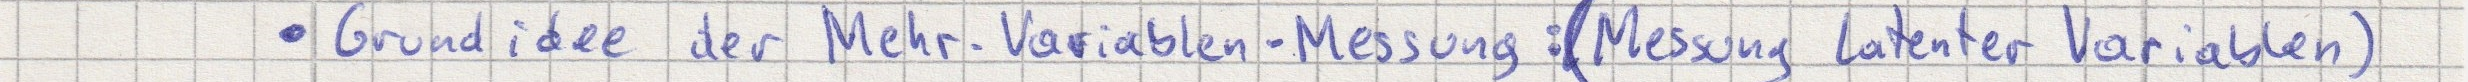
- Grundidee der Mehr-Variablen-Messung: (Messung latenter Variablen)